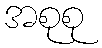
အစုစု